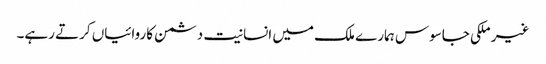
غیر ملکی جاسوس ہمارے ملک میں انسانیت دشمن کاروائیاں کرتے رہے۔